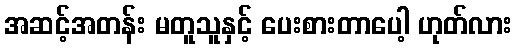
အဆင့်အတန်း မတူသူနှင့် ပေးစားတာပေါ့ ဟုတ်လား